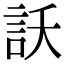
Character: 訞